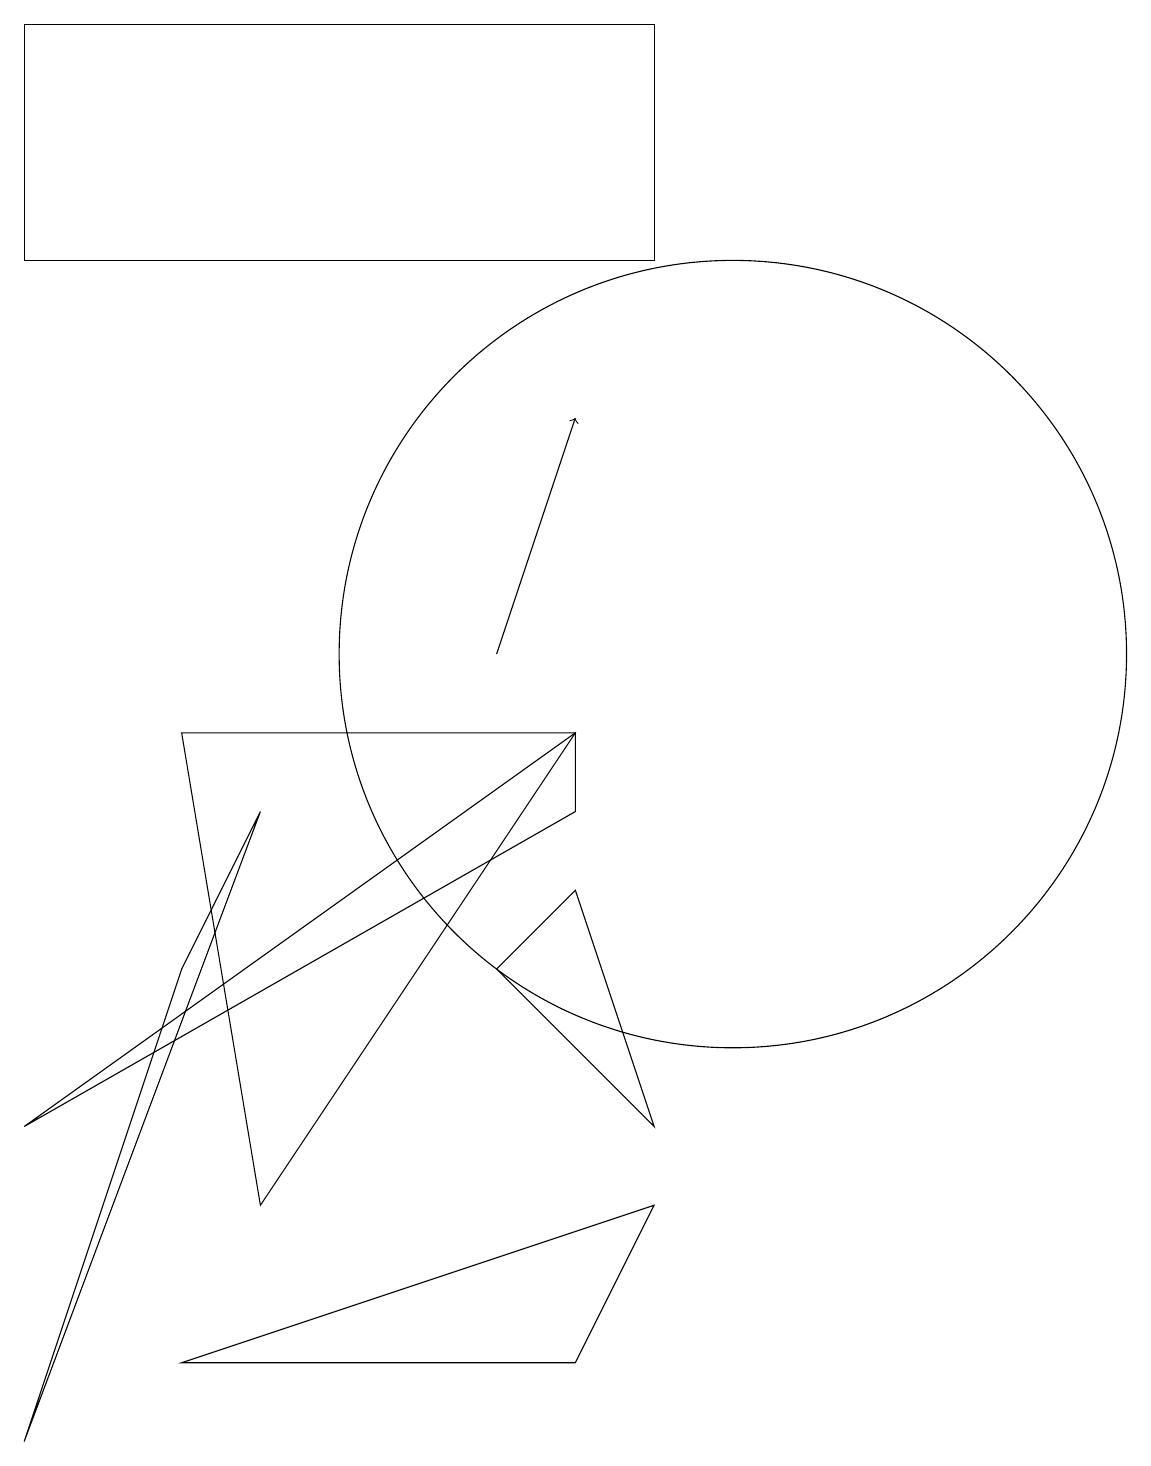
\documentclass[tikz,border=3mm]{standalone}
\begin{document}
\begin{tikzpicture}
\draw (7,6) -- (8,7) -- (9,4) -- cycle;
\draw (10,10) circle (5);
\draw (3,9) -- (4,3) -- (8,9) -- cycle;
\draw (8,8) -- (8,9) -- (1,4) -- cycle;
\draw (3,1) -- (9,3) -- (8,1) -- cycle;
\draw (1,18) rectangle (9,15);
\draw (1,0) -- (4,8) -- (3,6) -- cycle;
\draw[->] (7,10) -- (8,13);
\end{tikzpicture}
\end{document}